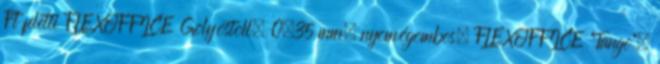
Ft feletti FLEXOFFICE Golyóstoll, 0,35 mm, nyomógombos, FLEXOFFICE "Tango",